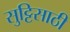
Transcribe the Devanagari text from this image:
सुट्टिसाठी